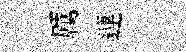
厲連